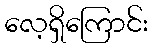
လေ့ရှိကြောင်း